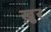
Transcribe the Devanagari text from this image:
ख़ुर